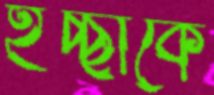
ইচ্ছাকে